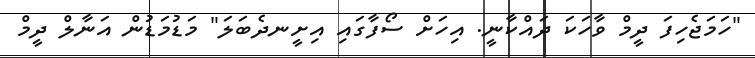
"ހަމަޖެހިފަ ދީމް ވާހަކަ ދައްކާނީ. އިހަށް ސޯފާގައި އިށީނދެބަލަ" މަޑުމަޑުން އަނާލް ދީމް